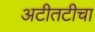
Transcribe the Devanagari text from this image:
अटीतटीचा